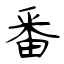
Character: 番